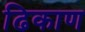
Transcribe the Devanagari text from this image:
ढिकाण